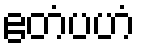
ဧတံပဟံ